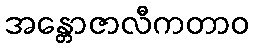
အန္တောဇာလီကတာဝ